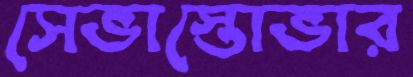
সেভাস্তোভার